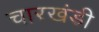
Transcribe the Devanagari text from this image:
चारखंडी